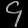
Digit: ၄